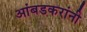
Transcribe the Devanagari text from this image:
आंबडकरांनी